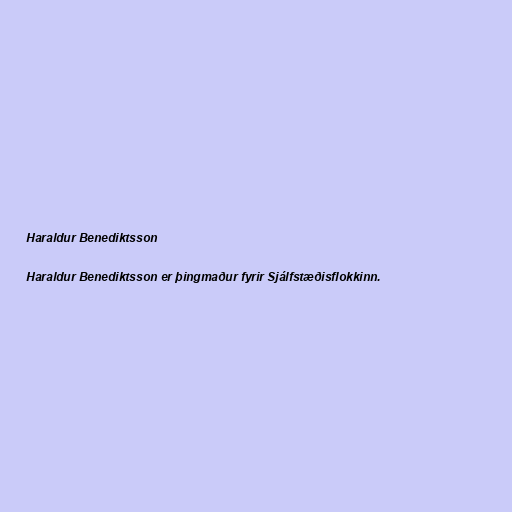
Haraldur Benediktsson

Haraldur Benediktsson er þingmaður fyrir Sjálfstæðisflokkinn.